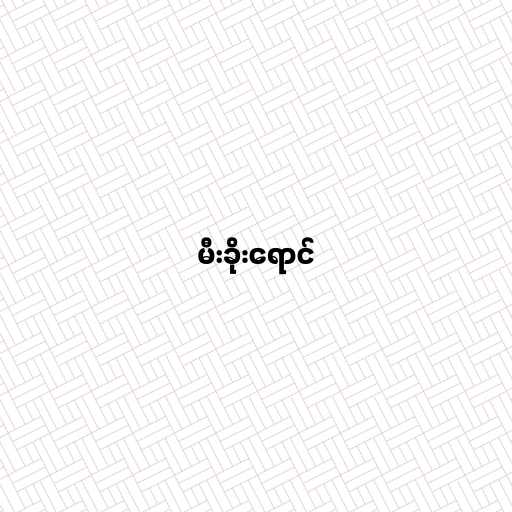
မီးခိုးရောင်